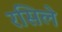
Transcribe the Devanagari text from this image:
रसिले